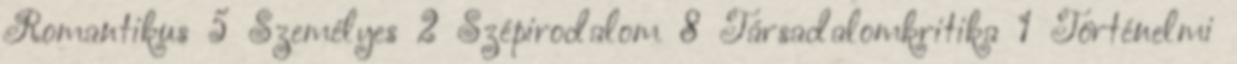
Romantikus 5 Személyes 2 Szépirodalom 8 Társadalomkritika 1 Történelmi